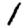
Digit: 1